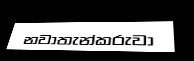
නවාතැන්කරුවා